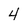
Character: 4